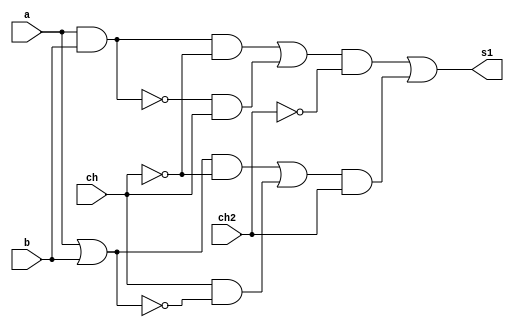
// ------------------------- 
// Exemplo0034 - F4 
// Nome: Fabio Fiuza Pereira 
// -------------------------
//------------------EXERCICIO 4!!!!!!!!!!
// -------------------------
// --- selecionador
// -------------------------
module Chaveado (output s1, input a, input b, input ch, input ch2);
	
	wire w1, w2, w3, w4, w5, w6, w7, w8, w9, w10, w11, w12;
	
	and And01 (w1, a, b);
	nand Nand1 (w2, a, b);
	or or1 (w3, a, b);
	nor nor1 (w4, a, b);
	
	and and2 (w5, w1, ~ch);
	and and3 (w6, w2, ch);
	and and4 (w7, w3, ~ch);
	and and5 (w8, ch, w4);
	
	or or2 (w9, w5, w6);
	or or3 (w10, w7, w8);
	
	and and6 (w11, w9, ~ch2);
	and and7 (w12, w10, ch2);
	
	or orfinal (s1, w11, w12);
	 
	
endmodule // -- selecionador

module test_f4;
	
	reg x, y, chave, chave2;
	wire saida;
	
	Chaveado modulo22 (saida, x, y, chave, chave2);
	
	// -- parte principal
	initial begin
	
	$display("Exemplo0032 - Fabio Fiuza Pereira - 406087");
	$display("Test LU's module");
		
	#1 x = 0; y = 0; chave = 0; chave2 = 0;
	
	$monitor("A = %1b B = %1b Chave = %1b Chave2 = %1b  Saida = %1b", x, y, chave, chave2, saida);
		
		#1 x = 0; y = 0; chave = 0; chave2 = 0;
		#1 x = 0; y = 1; chave = 0; chave2 = 0;
		#1 x = 1; y = 0; chave = 0; chave2 = 0;
		#1 x = 1; y = 1; chave = 0; chave2 = 0;
		
		#1 x = 0; y = 0; chave = 0; chave2 = 1;
		#1 x = 0; y = 1; chave = 0; chave2 = 1;
		#1 x = 1; y = 0; chave = 0; chave2 = 1;
		#1 x = 1; y = 1; chave = 0; chave2 = 1;
		
		#1 x = 0; y = 0; chave = 1; chave2 = 0;
		#1 x = 0; y = 1; chave = 1; chave2 = 0;
		#1 x = 1; y = 0; chave = 1; chave2 = 0;
		#1 x = 1; y = 1; chave = 1; chave2 = 0;
		
		#1 x = 0; y = 0; chave = 1; chave2 = 1;
		#1 x = 0; y = 1; chave = 1; chave2 = 1;
		#1 x = 1; y = 0; chave = 1; chave2 = 1;
		#1 x = 1; y = 1; chave = 1; chave2 = 1;
		
	end
endmodule //